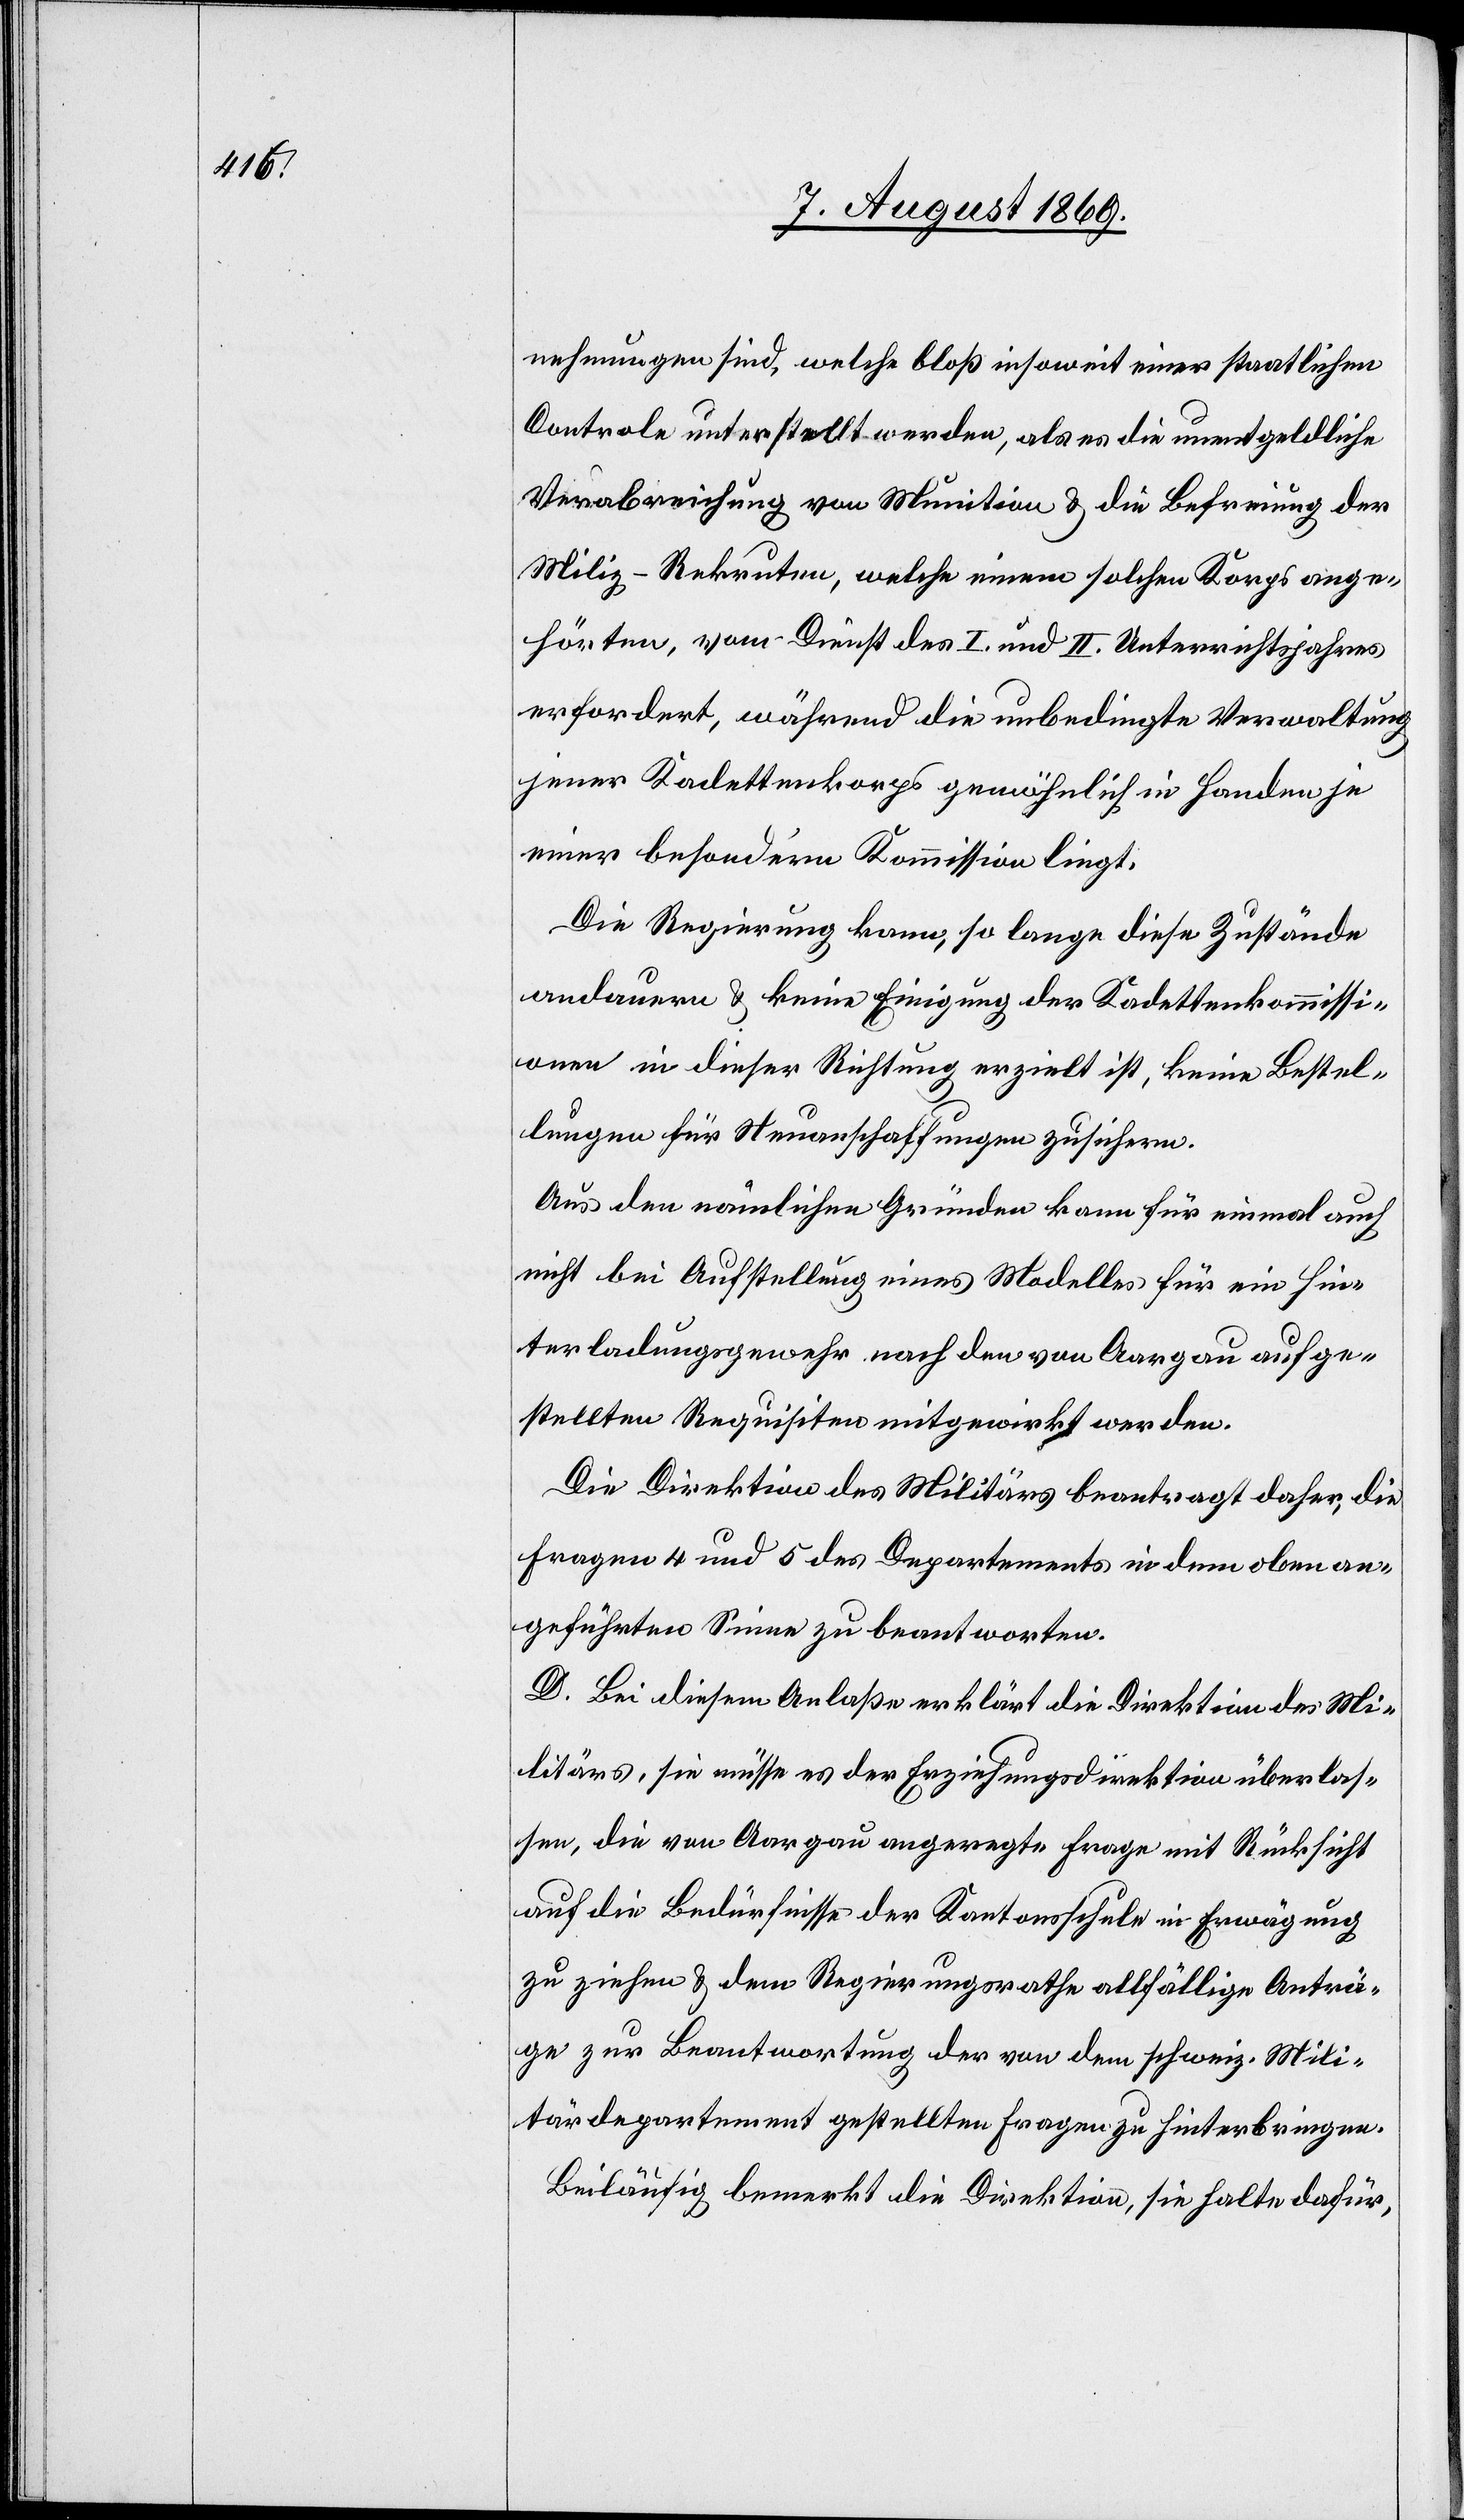
nehmungen sind, welche bloß insoweit einer staatlichen
Controle unterstellt werden, als es die unentgeldliche
Verabreichung von Munition & die Befreiung der
Miliz-Rekruten, welche einem solchen Korps ange¬
hörten, vom Dienst des I und II. Unterrichtsjahres
erfordert, während die unbedingte Verwaltung
jener Kadettenkorps gewöhnlich in Handen je
einer besondern Kommission liegt.
Die Regierung kann, so lange diese Zustände
andauern & keine Einigung der Kadettenkommissi¬
on in dieser Richtung erzielt ist, keine Bestel¬
lungen für Neuanschaffungen zusichern.
Aus den nämlichen Gründen kann für einmal auch
nicht bei Aufstellung eines Modelles für ein Hin¬
terladungsgewehr nach den von Aargau aufge¬
stellten Requisiten mitgewirkt werden.
Die Direktion des Militärs beantragt daher, die
Fragen 4 und 5 des Departements in dem oben an¬
geführten Sinne zu beantworten.
D. Bei diesem Anlaße erklärt die Direktion des Mi¬
litärs, sie müsse es der Erziehungsdirektion überlas¬
sen, die von Aargau angeregte Frage in Rücksicht
auf die Bedürfnisse der Kantonsschule in Erwägung
zu ziehen & dem Regierungsrathe allfällige Anträ¬
ge zur Beantwortung der von dem schweiz. Mili¬
tärdepartement gestellten Fragen zu hinterbringen.
Beiläufig bemerkt die Direktion, sie halte dafür,